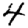
Digit: 4